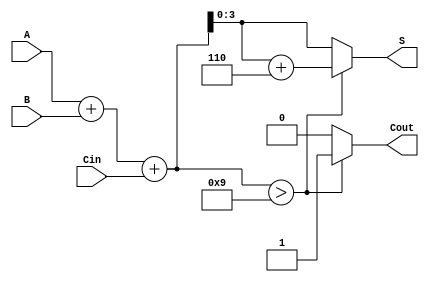
module BCD_Async_Adder (
    input  [3:0] A,     // First BCD digit
    input  [3:0] B,     // Second BCD digit
    input        Cin,    // Carry-in
    output reg [3:0] S,  // BCD sum output
    output reg Cout      // Carry-out
);

    // Internal wires for binary sum and adjustment
    wire [4:0] sum;      // 5-bit sum to hold A + B + Cin
    wire adjustment;      // Flag to indicate if adjustment is needed

    // Binary addition of A, B and Cin
    assign sum = A + B + Cin;

    // Check if adjustment is needed (sum > 9)
    assign adjustment = sum > 4'b1001;

    always @(*) begin
        if (adjustment) begin
            // If adjustment is needed, add 6 (4'b0110)
            S = sum + 4'b0110;
            Cout = 1; // Set carry-out
        end else begin
            S = sum[3:0]; // Take the lower 4 bits as BCD sum
            Cout = 0; // No carry-out
        end
    end

endmodule